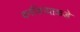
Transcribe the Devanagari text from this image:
बनविण्याकडे